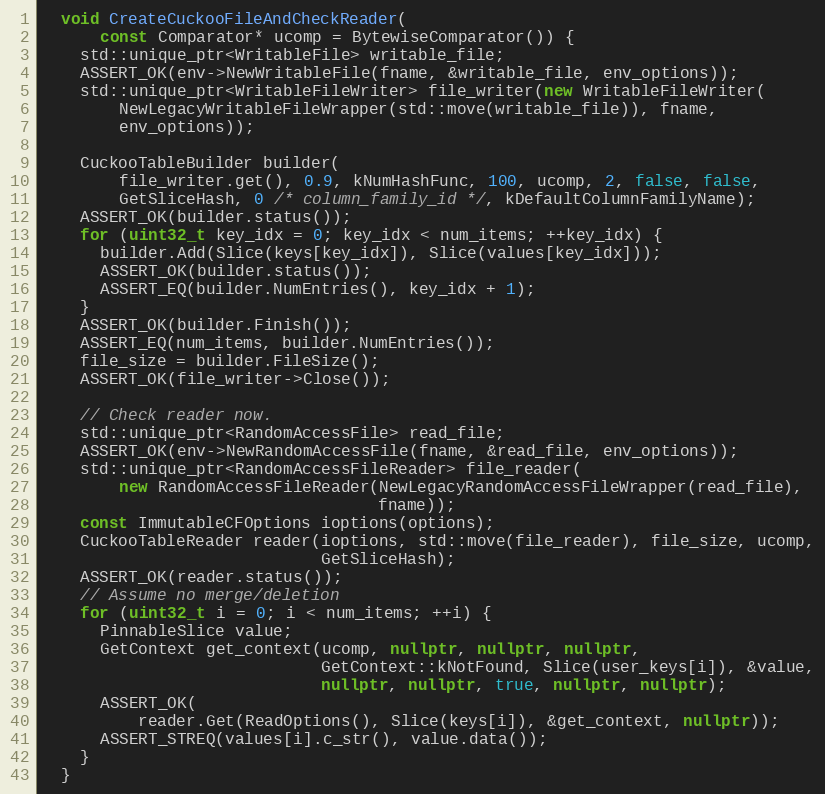
Language: C++
  void CreateCuckooFileAndCheckReader(
      const Comparator* ucomp = BytewiseComparator()) {
    std::unique_ptr<WritableFile> writable_file;
    ASSERT_OK(env->NewWritableFile(fname, &writable_file, env_options));
    std::unique_ptr<WritableFileWriter> file_writer(new WritableFileWriter(
        NewLegacyWritableFileWrapper(std::move(writable_file)), fname,
        env_options));

    CuckooTableBuilder builder(
        file_writer.get(), 0.9, kNumHashFunc, 100, ucomp, 2, false, false,
        GetSliceHash, 0 /* column_family_id */, kDefaultColumnFamilyName);
    ASSERT_OK(builder.status());
    for (uint32_t key_idx = 0; key_idx < num_items; ++key_idx) {
      builder.Add(Slice(keys[key_idx]), Slice(values[key_idx]));
      ASSERT_OK(builder.status());
      ASSERT_EQ(builder.NumEntries(), key_idx + 1);
    }
    ASSERT_OK(builder.Finish());
    ASSERT_EQ(num_items, builder.NumEntries());
    file_size = builder.FileSize();
    ASSERT_OK(file_writer->Close());

    // Check reader now.
    std::unique_ptr<RandomAccessFile> read_file;
    ASSERT_OK(env->NewRandomAccessFile(fname, &read_file, env_options));
    std::unique_ptr<RandomAccessFileReader> file_reader(
        new RandomAccessFileReader(NewLegacyRandomAccessFileWrapper(read_file),
                                   fname));
    const ImmutableCFOptions ioptions(options);
    CuckooTableReader reader(ioptions, std::move(file_reader), file_size, ucomp,
                             GetSliceHash);
    ASSERT_OK(reader.status());
    // Assume no merge/deletion
    for (uint32_t i = 0; i < num_items; ++i) {
      PinnableSlice value;
      GetContext get_context(ucomp, nullptr, nullptr, nullptr,
                             GetContext::kNotFound, Slice(user_keys[i]), &value,
                             nullptr, nullptr, true, nullptr, nullptr);
      ASSERT_OK(
          reader.Get(ReadOptions(), Slice(keys[i]), &get_context, nullptr));
      ASSERT_STREQ(values[i].c_str(), value.data());
    }
  }